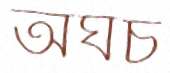
অঘচ